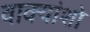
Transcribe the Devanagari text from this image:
वाक्यांशो